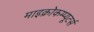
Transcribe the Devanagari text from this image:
माइक्रोकम्प्यूटर्स